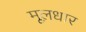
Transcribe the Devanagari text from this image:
मूलधार